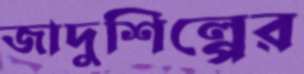
জাদুশিল্পের